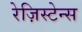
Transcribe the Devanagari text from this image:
रेज़िस्टेन्स